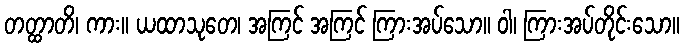
တတ္ထာတိ၊ ကား။ ယထာသုတေ၊ အကြင် အကြင် ကြားအပ်သော။ ဝါ၊ ကြားအပ်တိုင်းသော။